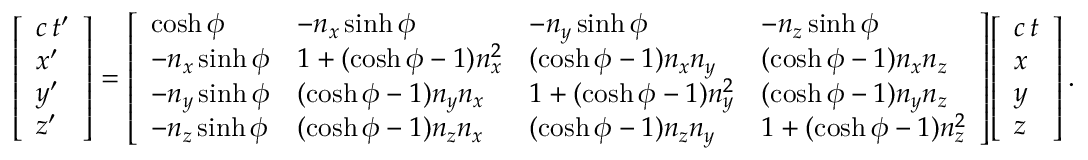
{ \left[ \begin{array} { l } { c \, t ^ { \prime } } \\ { x ^ { \prime } } \\ { y ^ { \prime } } \\ { z ^ { \prime } } \end{array} \right] } = { \left[ \begin{array} { l l l l } { \cosh \phi } & { - n _ { x } \sinh \phi } & { - n _ { y } \sinh \phi } & { - n _ { z } \sinh \phi } \\ { - n _ { x } \sinh \phi } & { 1 + ( \cosh \phi - 1 ) n _ { x } ^ { 2 } } & { ( \cosh \phi - 1 ) n _ { x } n _ { y } } & { ( \cosh \phi - 1 ) n _ { x } n _ { z } } \\ { - n _ { y } \sinh \phi } & { ( \cosh \phi - 1 ) n _ { y } n _ { x } } & { 1 + ( \cosh \phi - 1 ) n _ { y } ^ { 2 } } & { ( \cosh \phi - 1 ) n _ { y } n _ { z } } \\ { - n _ { z } \sinh \phi } & { ( \cosh \phi - 1 ) n _ { z } n _ { x } } & { ( \cosh \phi - 1 ) n _ { z } n _ { y } } & { 1 + ( \cosh \phi - 1 ) n _ { z } ^ { 2 } } \end{array} \right] } { \left[ \begin{array} { l } { c \, t } \\ { x } \\ { y } \\ { z } \end{array} \right] } \, .